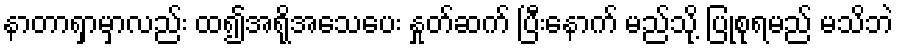
နာတာရှာမှာလည်း ထ၍အရိုအသေပေး နှုတ်ဆက် ပြီးနောက် မည်သို့ ပြုစုရမည် မသိဘဲ